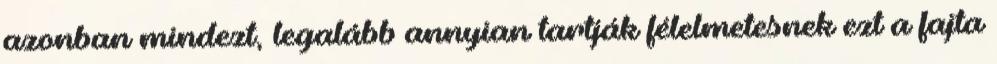
azonban mindezt, legalább annyian tartják félelmetesnek ezt a fajta